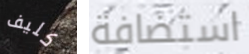
كليف استضافة